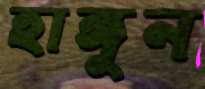
হাঙ্গুন